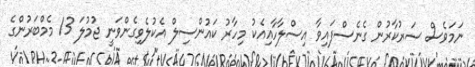
ނަމަވެސް ސަރުކާރުން ގެނެސްފައިވާ އިސްލާހާއިއެކު މިހާރު ކައުންސިލް އެކުލެވިގެންވަނީ ޖުމުލަ 13 މެމްބަރުންގެ